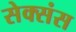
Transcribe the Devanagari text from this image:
सेक्संस